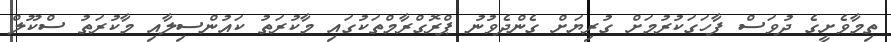
ތިމާވެށީގެ ދުވަސް ފާހަގަކުރުމަށް ގުރިޔަށް ގެންދެވުނު ޕްރޮގްރާމްތަކުގައި މާކުރަތު ކައުންސިލާއި މާކުރަތު ސްކޫލް